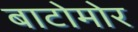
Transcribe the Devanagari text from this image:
बाटोमोर